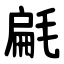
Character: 㲢